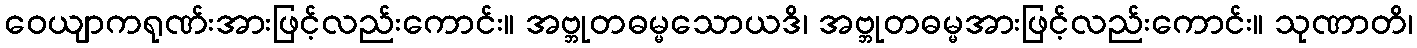
ဝေယျာကရုဏ်းအားဖြင့်လည်းကောင်း။ အဗ္ဘုတဓမ္မသောယဒိ၊ အဗ္ဘုတဓမ္မအားဖြင့်လည်းကောင်း။ သုဏာတိ၊